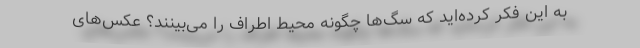
به این فکر کرده‌اید که سگ‌ها چگونه محیط اطراف را می‌بینند؟ عکس‌های